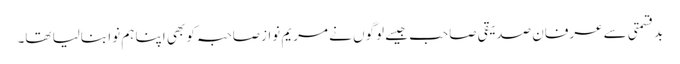
بدقسمتی سے عرفان صدیقی صاحب جیسے لوگوں نے مریم نوازصاحبہ کو بھی اپنا ہم نوا بنالیا تھا۔